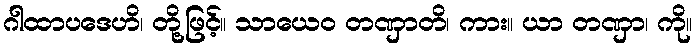
ဂါထာပဒေဟိ၊ တို့ဖြင့်။ သာယေဝ တဏှာတိ၊ ကား။ ယာ တဏှာ၊ ကို။